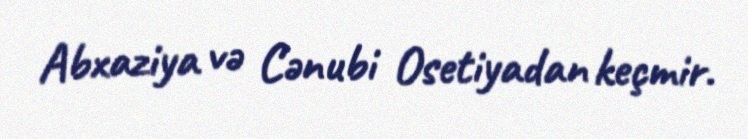
Abxaziya və Cənubi Osetiyadan keçmir.